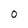
Character: 0